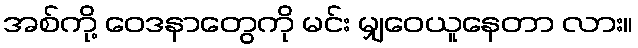
အစ်ကို့ ဝေဒနာတွေကို မင်း မျှဝေယူနေတာ လား။